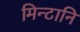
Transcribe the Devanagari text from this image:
मिन्टानि